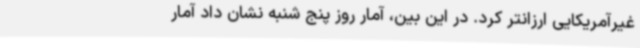
غیرآمریکایی ارزانتر کرد. در این بین، آمار روز پنج شنبه نشان داد آمار